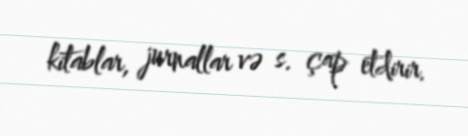
kitablar, jurnallar və s. çap etdirir.